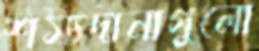
শস্যদানাগুলো